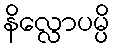
နိလ္လောပမ္ပိ